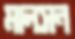
মালসন